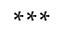
^ { * * * }